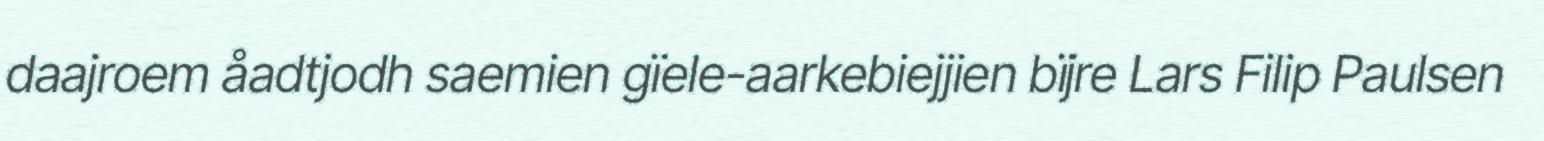
daajroem åadtjodh saemien gïele-aarkebiejjien bïjre Lars Filip Paulsen